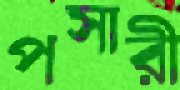
পসারী